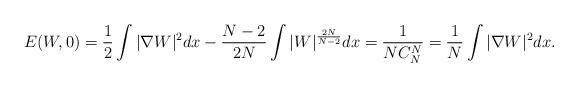
\begin{align*}E(W,0) = \frac{1}{2} \int |\nabla W|^2 dx - \frac{N-2}{2N} \int |W|^{\frac{2N}{N-2}}dx = \frac{1}{NC_N^N} = \frac{1}{N} \int |\nabla W|^2 dx. \end{align*}